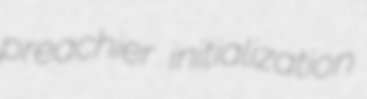
preachier initialization